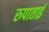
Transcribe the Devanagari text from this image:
रुपाताई